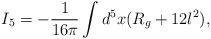
\begin{align*}I_{5} = - \frac{1}{16 \pi} \int d^5x (R_g + 12 l^2), \end{align*}